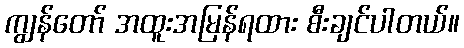
ကျွန်တော် အထူးအမြန်ရထား စီးချင်ပါတယ်။